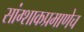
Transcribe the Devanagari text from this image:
सांग्शाकप्रमाणेच